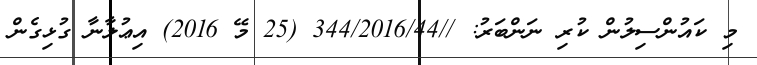
މި ކައުންސިލުން ކުރި ނަންބަރު: //344/2016/44 (25 މޭ 2016) އިޢުލާނާ ގުޅިގެން